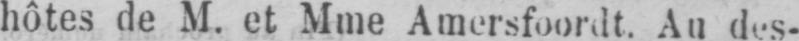
hôtes de M. et Mme Amersfoordt. Au des-